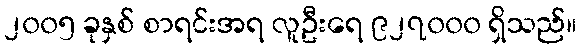
၂၀၀၅ ခုနှစ် စာရင်းအရ လူဦးရေ ၉၂၇၀၀၀ ရှိသည်။